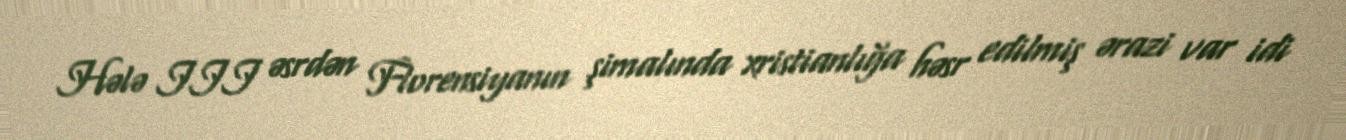
Hələ III əsrdən Florensiyanın şimalında xristianlığa həsr edilmiş ərazi var idi